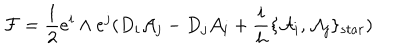
{ \cal { F } } = \frac { 1 } { 2 } e ^ { i } \wedge e ^ { j } ( D _ { i } { \cal { A } } _ { j } - D _ { j } { \cal { A } } _ { i } + \frac { i } { h } \{ { \cal { A } } _ { i } , { \cal { A } } _ { j } \} _ { s t a r } )